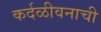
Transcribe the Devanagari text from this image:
कर्दळीवनाची